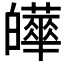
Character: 𤾹